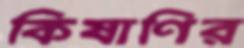
কিষাণির